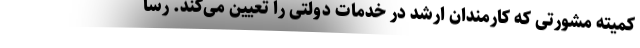
کمیته مشورتی که کارمندان ارشد در خدمات دولتی را تعیین می‌کند. رسا